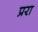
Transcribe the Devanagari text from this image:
प्ररा